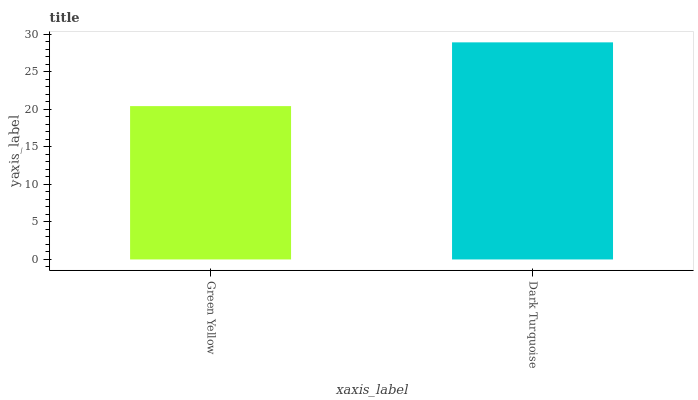
| xaxis_label | bars |
 | --- | --- |
 | Green Yellow | 20.4 |
 | Dark Turquoise | 28.9 |